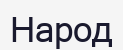
Народ